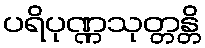
ပရိပုဏ္ဏသုတ္တန္တိ